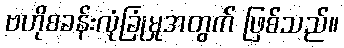
ဗဟိုစခန်းလုံခြုံမှုအတွက် ဖြစ်သည်။